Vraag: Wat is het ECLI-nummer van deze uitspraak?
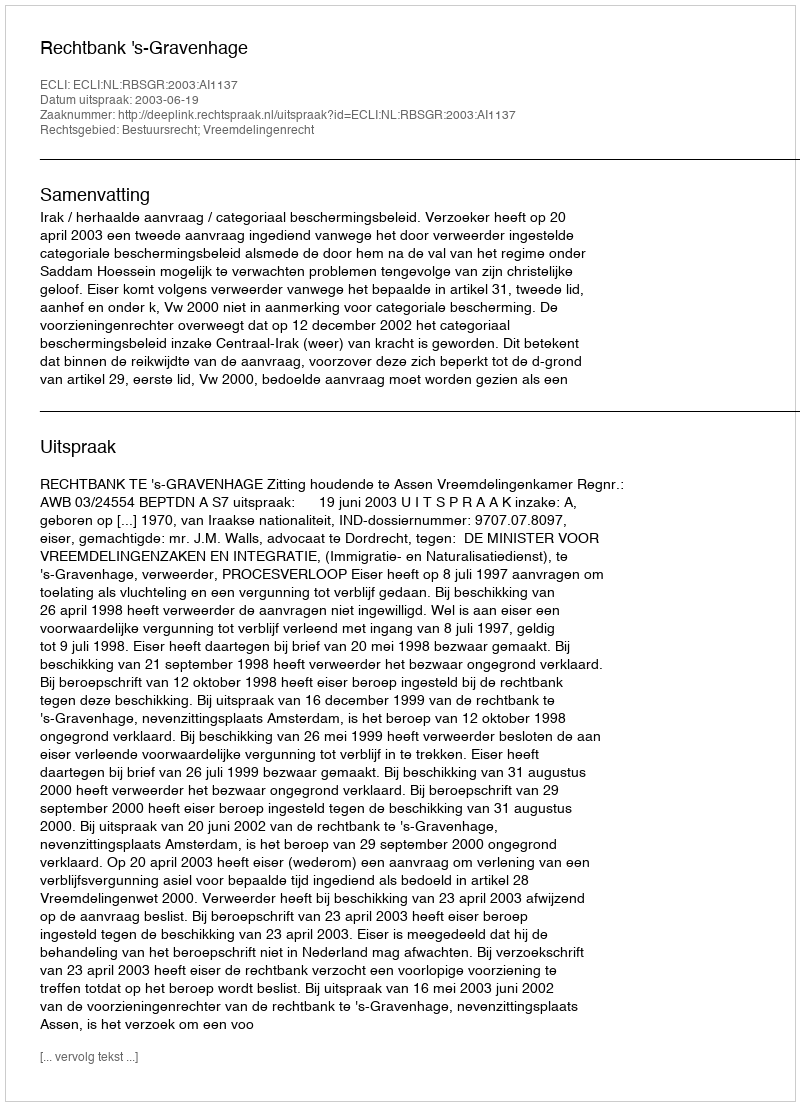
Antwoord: ECLI:NL:RBSGR:2003:AI1137